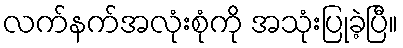
လက်နက်အလုံးစုံကို အသုံးပြုခဲ့ပြီ။